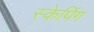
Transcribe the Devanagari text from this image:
स्केपिंग